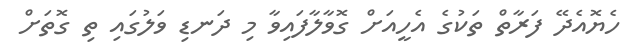
ހެޔޮއެދޭ ފަރާތް ތަކުގެ އެހީއަށް ގޮވާލާފައިވާ މި ދަނޑި ވަލުގައި ތި ގޮތަށް